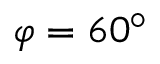
\varphi = 6 0 ^ { \circ }